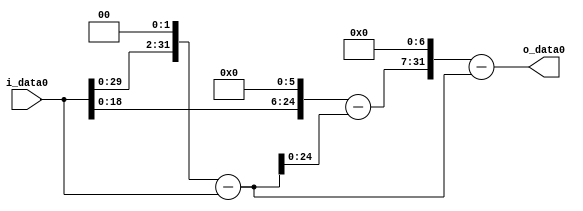
module multiplier_block_119 (
    i_data0,
    o_data0
);
  input   [31:0] i_data0;
  output  [31:0]
    o_data0;
  wire [31:0]
    w1,
    w4,
    w3,
    w64,
    w61,
    w7808,
    w7805;
  assign w1 = i_data0;
  assign w3 = w4 - w1;
  assign w4 = w1 << 2;
  assign w61 = w64 - w3;
  assign w64 = w1 << 6;
  assign w7805 = w7808 - w3;
  assign w7808 = w61 << 7;
  assign o_data0 = w7805;
endmodule